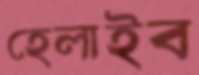
হেলাইব